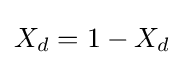
X_{d}=1-X_{d}